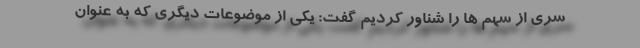
سری از سهم ها را شناور کردیم گفت: یکی از موضوعات دیگری که به عنوان